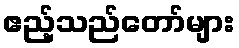
ဧည့်သည်တော်များ